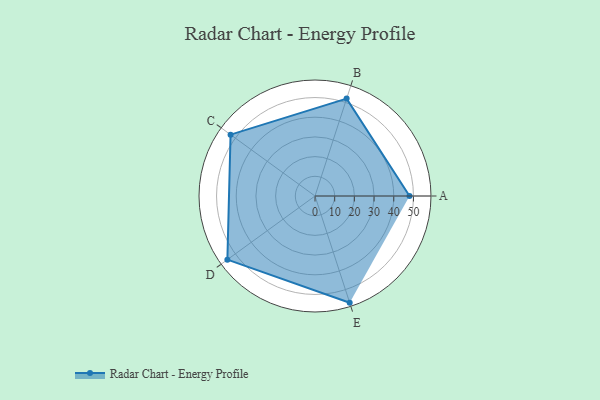
{"axis": {"x": "Skill", "y": "Score"}, "legend": ["Profile"], "data": [{"x": "A", "y": 48.0, "type": "Profile"}, {"x": "B", "y": 52.0, "type": "Profile"}, {"x": "C", "y": 53.0, "type": "Profile"}, {"x": "D", "y": 55.0, "type": "Profile"}, {"x": "E", "y": 57.0, "type": "Profile"}]}